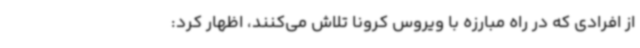
از افرادی که در راه مبارزه با ویروس کرونا تلاش می‌کنند، اظهار کرد: